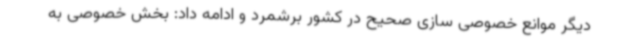
دیگر موانع خصوصی سازی صحیح در کشور برشمرد و ادامه داد: بخش خصوصی به